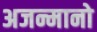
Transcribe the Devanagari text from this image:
अजन्मानो